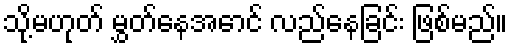
သို့မဟုတ် မွှတ်နေအောင် လည်နေခြင်း ဖြစ်မည်။